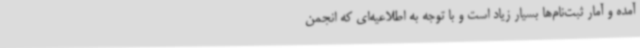
آمده و آمار ثبت‌نام‌ها بسیار زیاد است و با توجه به اطلاعیه‌ای که انجمن